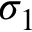
\sigma _ { 1 }